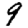
Digit: 9